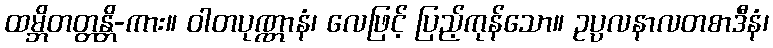
ထမ္ဘိတတ္တန္တိ-ကား။ ဝါတပုဏ္ဏာနံ၊ လေဖြင့် ပြည့်ကုန်သော။ ဥပ္ပလနာလတစာဒီနံ၊